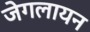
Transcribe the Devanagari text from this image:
जेगलायन